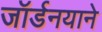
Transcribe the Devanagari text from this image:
जॉर्डनयाने